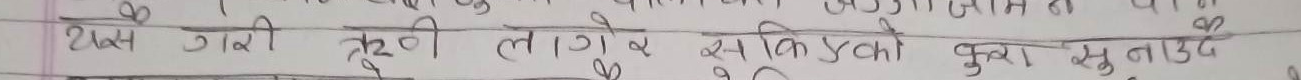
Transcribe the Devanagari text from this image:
२क्स गरी टुटि लागे स किनको बुझा सुताउ